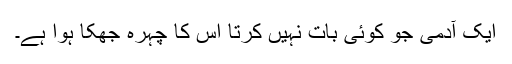
ایک آدمی جو کوئی بات نہیں کرتا اس کا چہرہ جھکا ہوا ہے۔